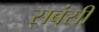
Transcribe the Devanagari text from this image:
सबंसी